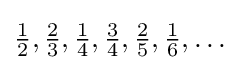
{\tfrac {1}{2}},{\tfrac {2}{3}},{\tfrac {1}{4}},{\tfrac {3}{4}},{\tfrac {2}{5}},{\tfrac {1}{6}},\dots